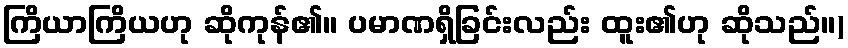
ကြိယာကြိယဟု ဆိုကုန်၏။ ပမာဏရှိခြင်းလည်း ထူး၏ဟု ဆိုသည်။)